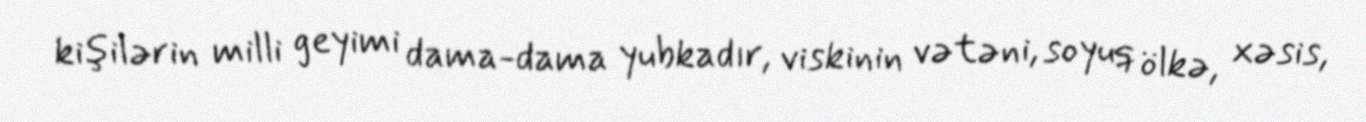
kişilərin milli geyimi dama-dama yubkadır, viskinin vətəni, soyuq ölkə, xəsis,